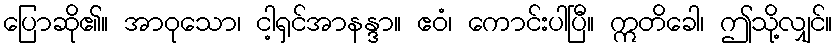
ပြောဆို၏။ အာဝုသော၊ ငါ့ရှင်အာနန္ဒာ။ ဧဝံ၊ ကောင်းပါပြီ။ ဣတိခေါ၊ ဤသို့လျှင်။